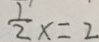
\frac { 1 } { 2 } x = 2